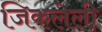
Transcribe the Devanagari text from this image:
जिकलेली